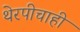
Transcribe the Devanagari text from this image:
थेरपीचाही